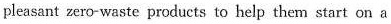
pleasant zero-waste products to help them start on a